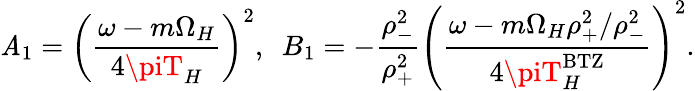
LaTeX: \mathit{A}_{1}=\left({\frac{{\omega-m\Omega_{H}}}{{4\piT_{H}}}}\right)^{2},~~B_{1}=-{\frac{{\rho_{-}^{2}}}{{\rho_{+}^{2}}}}\left({\frac{{\omega-m\Omega_{H}\rho_{+}^{2}/\rho_{-}^{2}}}{{4\piT_{H}^{\mathrm{{BTZ}}}}}}\right)^{2}.